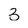
Character: 3